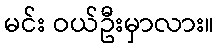
မင်း ဝယ်ဦးမှာလား။